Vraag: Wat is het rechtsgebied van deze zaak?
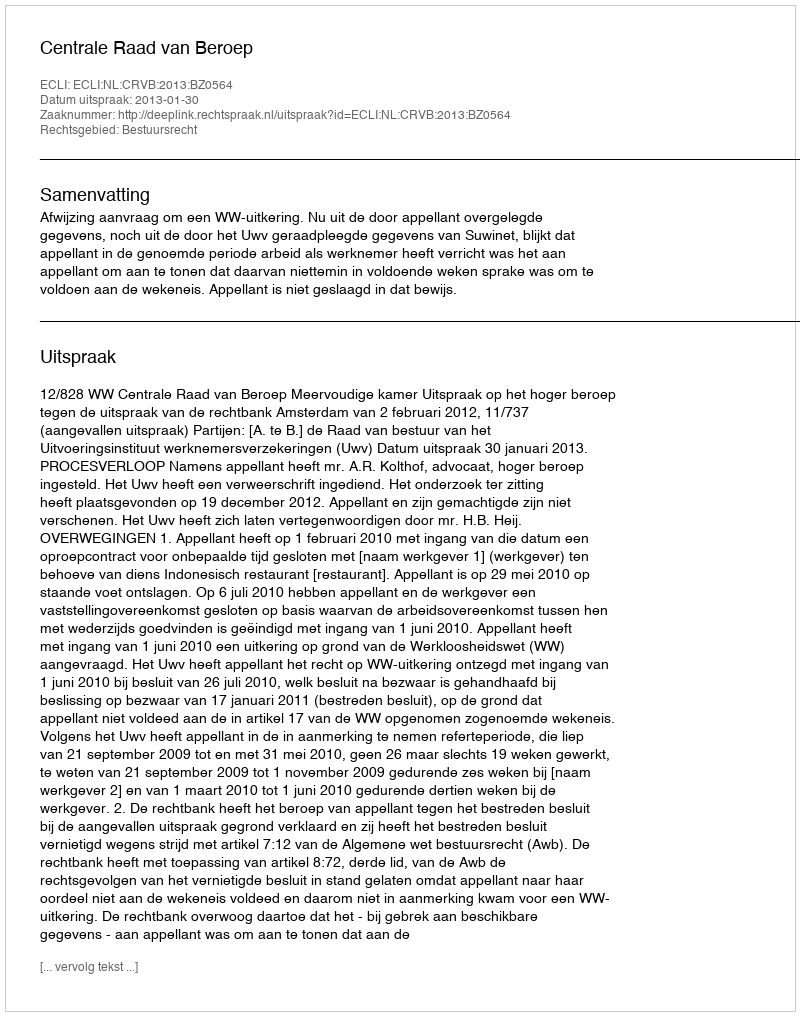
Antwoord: Bestuursrecht